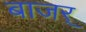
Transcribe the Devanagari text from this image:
बाजर्